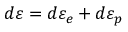
d \varepsilon = d \varepsilon _ { e } + d \varepsilon _ { p }